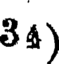
34)